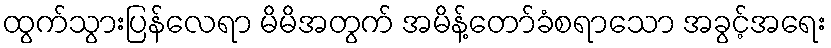
ထွက်သွားပြန်လေရာ မိမိအတွက် အမိန့်တော်ခံစရာသော အခွင့်အရေး